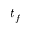
t _ { f }